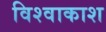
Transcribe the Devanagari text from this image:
विश्वाकाश